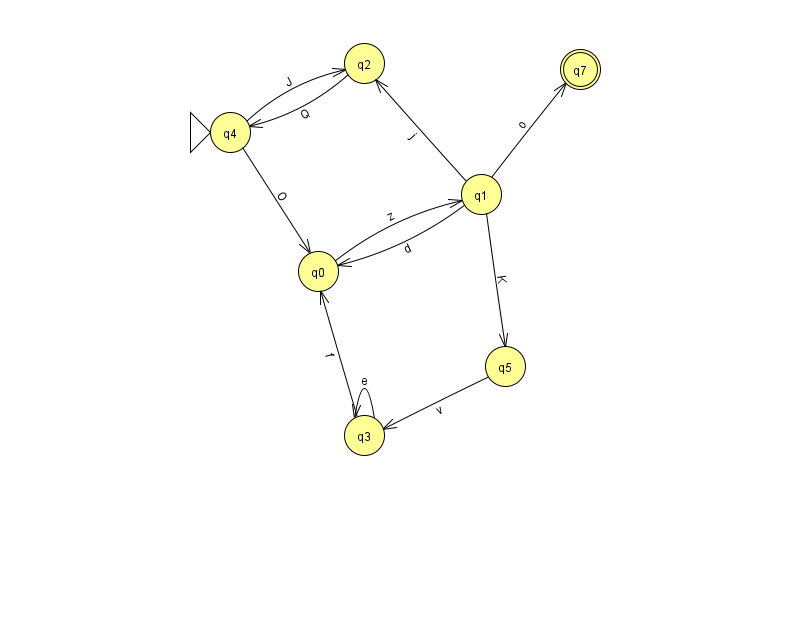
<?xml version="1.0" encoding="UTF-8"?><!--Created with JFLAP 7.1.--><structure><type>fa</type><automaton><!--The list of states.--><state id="0" name="q0"><x>318.0</x><y>258.0</y></state><state id="1" name="q1"><x>481.0</x><y>181.0</y></state><state id="2" name="q2"><x>364.0</x><y>50.0</y></state><state id="3" name="q3"><x>364.0</x><y>422.0</y></state><state id="4" name="q4"><x>230.0</x><y>119.0</y><initial/></state><state id="5" name="q5"><x>505.0</x><y>353.0</y></state><state id="7" name="q7"><x>580.0</x><y>56.0</y><final/></state><!--The list of transitions.--><transition><from>4</from><to>2</to><read>J</read></transition><transition><from>1</from><to>0</to><read>d</read></transition><transition><from>3</from><to>3</to><read>e</read></transition><transition><from>1</from><to>2</to><read>j</read></transition><transition><from>4</from><to>0</to><read>O</read></transition><transition><from>3</from><to>0</to><read>f</read></transition><transition><from>2</from><to>4</to><read>Q</read></transition><transition><from>0</from><to>1</to><read>z</read></transition><transition><from>1</from><to>7</to><read>o</read></transition><transition><from>1</from><to>5</to><read>K</read></transition><transition><from>5</from><to>3</to><read>v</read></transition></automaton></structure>